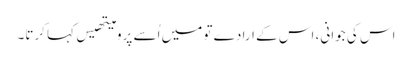
اس کی جوانی، اس کے ارادے تو میں اُسے پرومیتھیس کہا کرتا۔